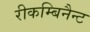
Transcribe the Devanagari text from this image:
रीकम्बिनैन्ट